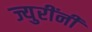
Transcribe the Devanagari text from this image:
ज्युरींनी